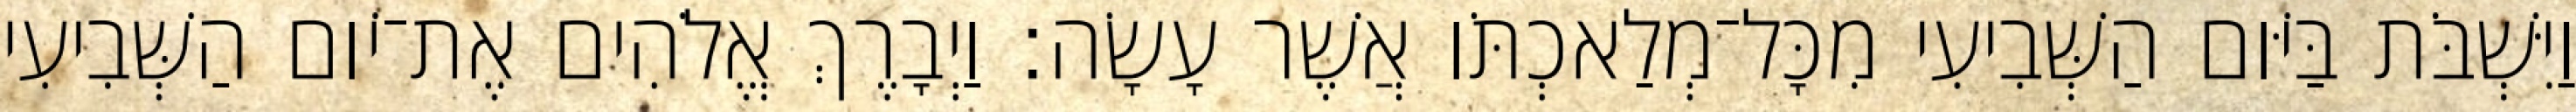
וַיִּשְׁבֹּת בַּיֹּום הַשְּׁבִיעִי מִכָּל־מְלַאכְתֹּו אֲשֶׁר עָשָׂה׃ וַיְבָרֶךְ אֱלֹהִים אֶת־יֹום הַשְּׁבִיעִי